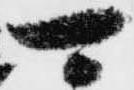
可